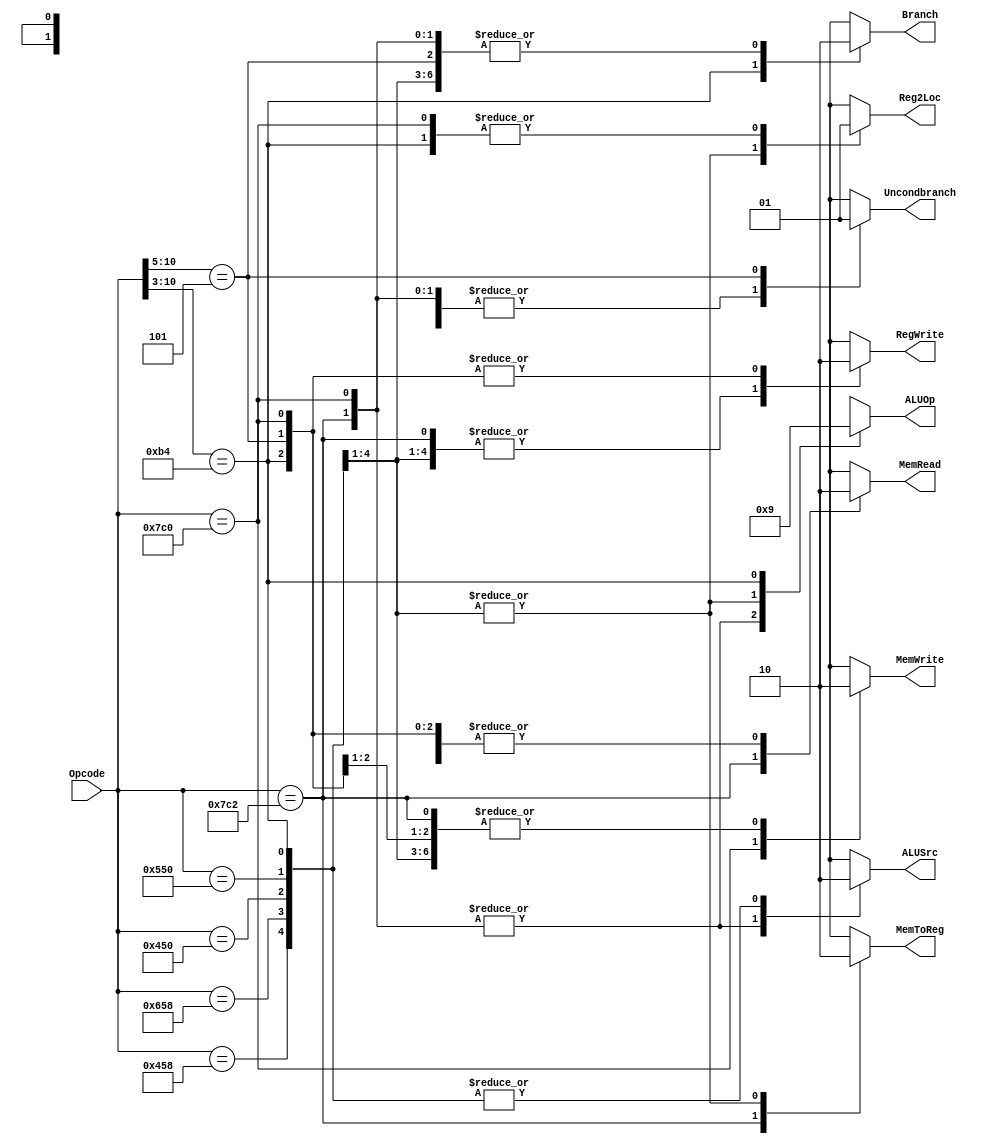
`timescale 1ns / 1ps

`define LDUROPCODE 11'b11111000010
`define STUROPCODE 11'b11111000000
`define ADDOPCODE  11'b10001011000
`define SUBOPCODE  11'b11001011000
`define ANDOPCODE  11'b10001010000
`define ORROPCODE  11'b10101010000
`define CBZOPCODE  11'b10110100???
`define BOPCODE    11'b000101?????

module SingleCycleControl(Reg2Loc, ALUSrc, MemToReg, RegWrite, MemRead, MemWrite, Branch, Uncondbranch, ALUOp, Opcode);
  input [10:0] Opcode;
  output Reg2Loc;
  output ALUSrc;
  output MemToReg;
  output RegWrite;
  output MemRead;
  output MemWrite;
  output Branch;
  output Uncondbranch;

  output [1:0] ALUOp;

  // Output registers.
  reg Reg2Loc, ALUSrc, MemToReg, RegWrite, MemRead, MemWrite, Branch, Uncondbranch;
  reg [1:0] ALUOp;

  always @ (Opcode) begin
    casez (Opcode)
      `LDUROPCODE: begin
        Reg2Loc      <= #2 1'bx;
        Uncondbranch <= #2 1'b0;
        Branch       <= #2 1'b0;
        MemRead      <= #2 1'b1;
        MemToReg     <= #2 1'b1;
        MemWrite     <= #2 1'b0;
        ALUSrc       <= #2 1'b1;
        RegWrite     <= #2 1'b1;
        ALUOp        <= #2 2'b00;
      end

      `STUROPCODE: begin
        Reg2Loc      <= #2 1'b1;
        Uncondbranch <= #2 1'b0;
        Branch       <= #2 1'b0;
        MemRead      <= #2 1'b0;
        MemToReg     <= #2 1'bx;
        MemWrite     <= #2 1'b1;
        ALUSrc       <= #2 1'b1;
        RegWrite     <= #2 1'b0;
        ALUOp        <= #2 2'b00;
      end

      `ADDOPCODE: begin
        Reg2Loc      <= #2 1'b0;
        Uncondbranch <= #2 1'b0;
        Branch       <= #2 1'b0;
        MemRead      <= #2 1'b0;
        MemToReg     <= #2 1'b0;
        MemWrite     <= #2 1'b0;
        ALUSrc       <= #2 1'b0;
        RegWrite     <= #2 1'b1;
        ALUOp        <= #2 2'b10;
      end

      `SUBOPCODE: begin
        Reg2Loc      <= #2 1'b0;
        Uncondbranch <= #2 1'b0;
        Branch       <= #2 1'b0;
        MemRead      <= #2 1'b0;
        MemToReg     <= #2 1'b0;
        MemWrite     <= #2 1'b0;
        ALUSrc       <= #2 1'b0;
        RegWrite     <= #2 1'b1;
        ALUOp        <= #2 2'b10;
      end

      `ANDOPCODE: begin
        Reg2Loc      <= #2 1'b0;
        Uncondbranch <= #2 1'b0;
        Branch       <= #2 1'b0;
        MemRead      <= #2 1'b0;
        MemToReg     <= #2 1'b0;
        MemWrite     <= #2 1'b0;
        ALUSrc       <= #2 1'b0;
        RegWrite     <= #2 1'b1;
        ALUOp        <= #2 2'b10;
      end

      `ORROPCODE: begin
        Reg2Loc      <= #2 1'b0;
        Uncondbranch <= #2 1'b0;
        Branch       <= #2 1'b0;
        MemRead      <= #2 1'b0;
        MemToReg     <= #2 1'b0;
        MemWrite     <= #2 1'b0;
        ALUSrc       <= #2 1'b0;
        RegWrite     <= #2 1'b1;
        ALUOp        <= #2 2'b10;
      end

      `CBZOPCODE: begin
        Reg2Loc      <= #2 1'b1;
        Uncondbranch <= #2 1'b0;
        Branch       <= #2 1'b1;
        MemRead      <= #2 1'b0;
        MemToReg     <= #2 1'bx;
        MemWrite     <= #2 1'b0;
        ALUSrc       <= #2 1'b0;
        RegWrite     <= #2 1'b0;
        ALUOp        <= #2 2'b01;
      end

      `BOPCODE: begin
        Reg2Loc      <= #2 1'bx;
        Uncondbranch <= #2 1'b1;
        Branch       <= #2 1'b0;
        MemRead      <= #2 1'b0;
        MemToReg     <= #2 1'bx;
        MemWrite     <= #2 1'b0;
        ALUSrc       <= #2 1'bx;
        RegWrite     <= #2 1'b0;
        ALUOp        <= #2 2'bxx;
      end

      // don't care about any values if opcode not specified.
      default: begin
        Reg2Loc      <= #2 1'bx;
        Uncondbranch <= #2 1'bx;
        Branch       <= #2 1'bx;
        MemRead      <= #2 1'bx;
        MemToReg     <= #2 1'bx;
        MemWrite     <= #2 1'bx;
        ALUSrc       <= #2 1'bx;
        RegWrite     <= #2 1'bx;
        ALUOp        <= #2 2'bxx;
      end
    endcase
  end
endmodule